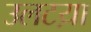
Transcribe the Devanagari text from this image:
उलटय़ा